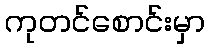
ကုတင်စောင်းမှာ